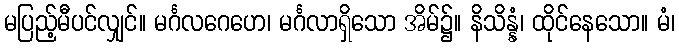
မပြည့်မီပင်လျှင်။ မင်္ဂလဂေဟေ၊ မင်္ဂလာရှိသော အိမ်၌။ နိသိန္နံ၊ ထိုင်နေသော။ မံ၊